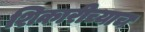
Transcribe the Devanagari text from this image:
शिकारीच्याच